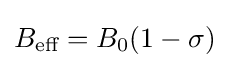
B_{\text{eff}}=B_{0}(1-\sigma )